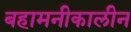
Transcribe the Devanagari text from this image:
बहामनीकालीन